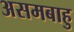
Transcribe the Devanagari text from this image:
असमबाहु